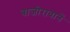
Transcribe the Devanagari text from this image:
बाजीरावानें